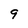
Character: 9